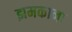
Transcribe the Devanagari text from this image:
झमकाना